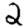
Digit: 2